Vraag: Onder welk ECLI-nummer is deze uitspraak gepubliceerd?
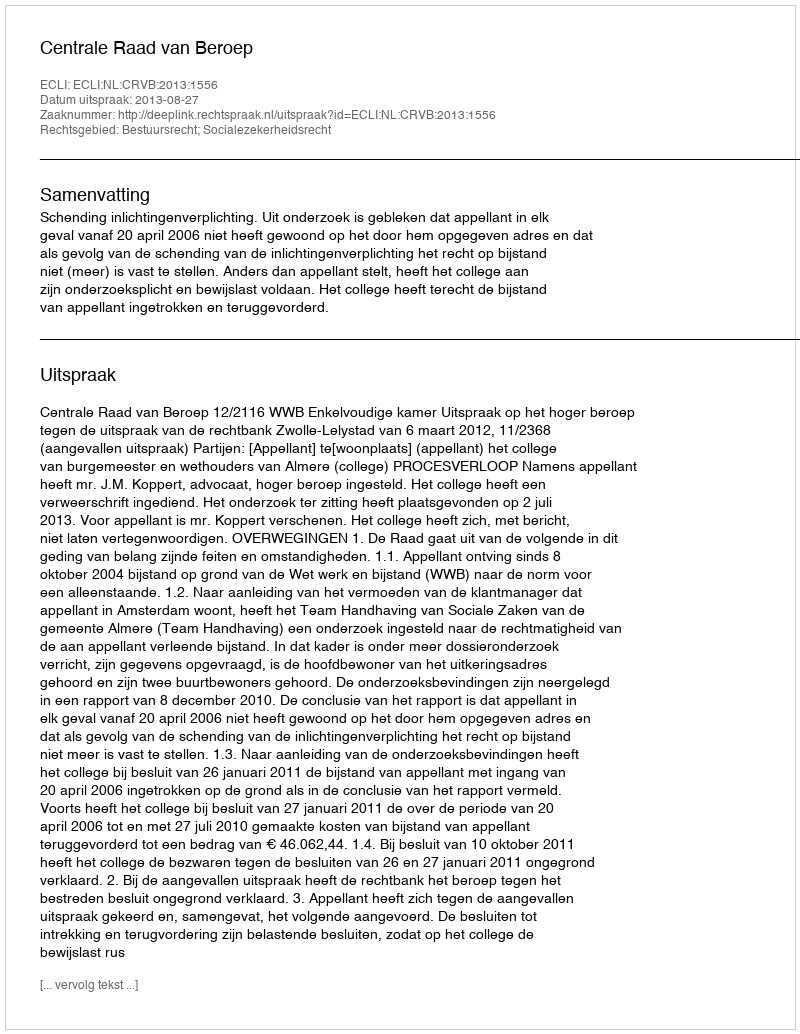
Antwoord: ECLI:NL:CRVB:2013:1556